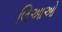
લિઆઓ